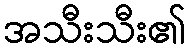
အသီးသီး၏